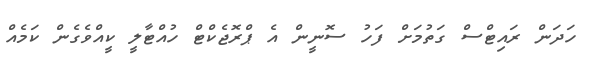
ހަދަން ރައިޓްސް ގަތުމަށް ފަހު ސޮނީން އެ ޕްރޮޖެކްޓް ހުއްޓާލީ ކީއްވެގެން ކަމެއް